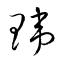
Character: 瑋